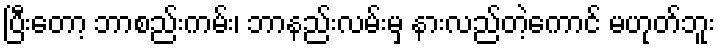
ပြီးတော့ ဘာစည်းကမ်း၊ ဘာနည်းလမ်းမှ နားလည်တဲ့ကောင် မဟုတ်ဘူး